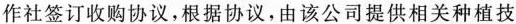
作社签订收购协议，根据协议，由该公司提供相关种植技